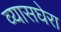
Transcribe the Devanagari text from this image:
व्यासघेरा